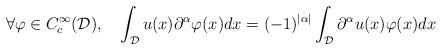
LaTeX: \begin{align*}\forall \varphi \in C_c^{\infty}(\mathcal{D}),\ \ \ \int_{\mathcal{D}}u(x)\partial^{\alpha}\varphi(x)dx = (-1)^{|\alpha|}\int_{\mathcal{D}}\partial^{\alpha}u(x)\varphi(x)dx\end{align*}